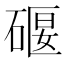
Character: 𥔌